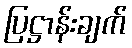
ပြဋ္ဌာန်းချက်